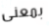
بمعنى